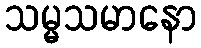
သမ္မသမာနော